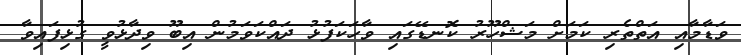
ވަޑާމާއި އަތްތެރި ކަމަށް މަޝްހޫރު ކޮނޑޭގައި ވާހަކަފުޅު ދައްކަވަމުން އިބޫ ވިދާޅުވީ ގުޅިފައިވާ